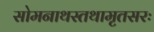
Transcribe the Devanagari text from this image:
सोमनाथस्तथामृतसरः